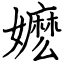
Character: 嬷